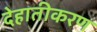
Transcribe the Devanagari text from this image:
देहातीकरण